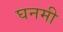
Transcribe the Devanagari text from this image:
घनमी